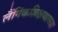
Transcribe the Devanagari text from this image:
लैंगिंकशिक्षणाच्या